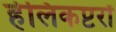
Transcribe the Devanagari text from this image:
हेलिकप्टरों